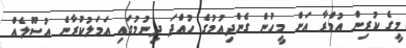
މީގެ ކުރިން އުމްރާ އަށް މީހުން ގެންދިއުމުގެ ހުއްދަ ދިނުމުގައި އަމަލުކުރާނެ އުސޫލެއް